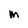
Character: M